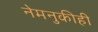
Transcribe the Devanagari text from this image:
नेमनुकीही